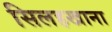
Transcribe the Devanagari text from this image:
सिलहखाना